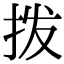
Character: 拨